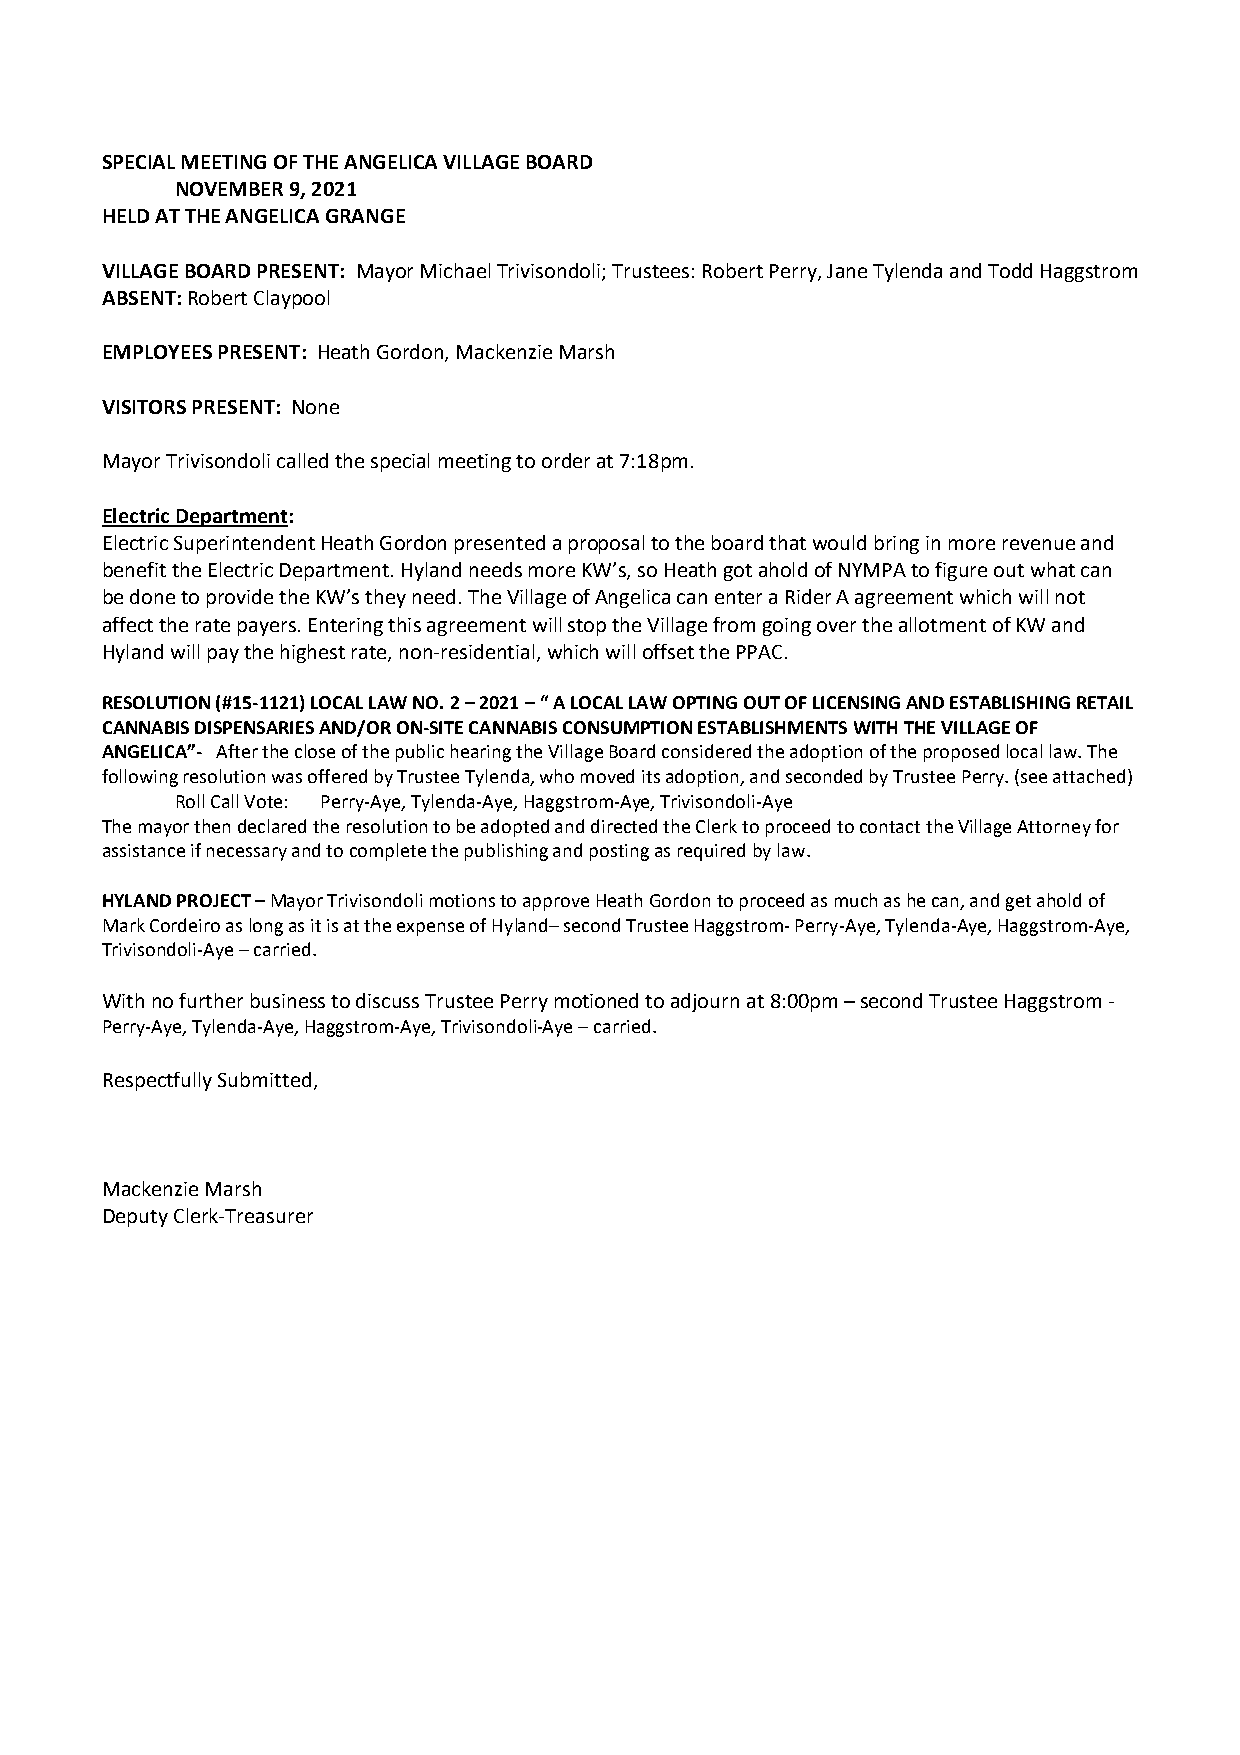
SPECIAL MEETING OF THE ANGELICA VILLAGE BOARD
 NOVEMBER 9, 2021
 HELD AT THE ANGELICA GRANGE
 VILLAGE BOARD PRESENT: Mayor Michael Trivisondoli; Trustees: Robert Perry, Jane Tylenda and Todd Haggstrom
 ABSENT: Robert Claypool
 EMPLOYEES PRESENT: Heath Gordon, Mackenzie Marsh
 VISITORS PRESENT: None
 Mayor Trivisondoli called the special meeting to order at 7:18pm.
 Electric Department:
 Electric Superintendent Heath Gordon presented a proposal to the board that would bring in more revenue and
 benefit the Electric Department. Hyland needs more KW’s, so Heath got ahold of NYMPA to figure out what can
 be done to provide the KW’s they need. The Village of Angelica can enter a Rider A agreement which will not
 affect the rate payers. Entering this agreement will stop the Village from going over the allotment of KW and
 Hyland will pay the highest rate, non-residential, which will offset the PPAC.
 RESOLUTION (#15-1121) LOCAL LAW NO. 2 – 2021 – “ A LOCAL LAW OPTING OUT OF LICENSING AND ESTABLISHING RETAIL
 CANNABIS DISPENSARIES AND/OR ON-SITE CANNABIS CONSUMPTION ESTABLISHMENTS WITH THE VILLAGE OF
 ANGELICA”- After the close of the public hearing the Village Board considered the adoption of the proposed local law. The
 following resolution was offered by Trustee Tylenda, who moved its adoption, and seconded by Trustee Perry. (see attached)
 Roll Call Vote: Perry-Aye, Tylenda-Aye, Haggstrom-Aye, Trivisondoli-Aye
 The mayor then declared the resolution to be adopted and directed the Clerk to proceed to contact the Village Attorney for
 assistance if necessary and to complete the publishing and posting as required by law.
 HYLAND PROJECT – Mayor Trivisondoli motions to approve Heath Gordon to proceed as much as he can, and get ahold of
 Mark Cordeiro as long as it is at the expense of Hyland– second Trustee Haggstrom- Perry-Aye, Tylenda-Aye, Haggstrom-Aye,
 Trivisondoli-Aye – carried.
 With no further business to discuss Trustee Perry motioned to adjourn at 8:00pm – second Trustee Haggstrom -
 Perry-Aye, Tylenda-Aye, Haggstrom-Aye, Trivisondoli-Aye – carried.
 Respectfully Submitted,
 Mackenzie Marsh
 Deputy Clerk-Treasurer